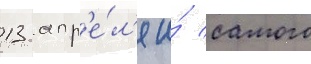
13 апр'е́л'я и́ самого